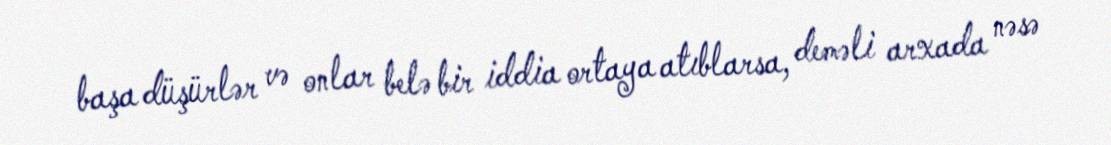
başa düşürlər və onlar belə bir iddia ortaya atıblarsa, deməli arxada nəsə